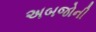
અબજોની